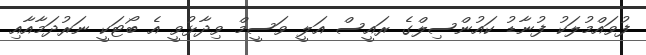
ފުވައްމުލަކު ފުނާޑު ކައުންސިލްގެ ރައީސް އަލީ ވަސީމް ވިދާޅުވީ އެ ބޯޓަކީ ނަރުދަމާއާއި